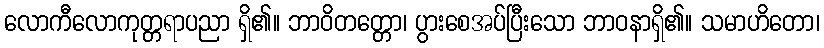
လောကီလောကုတ္တရာပညာ ရှိ၏။ ဘာဝိတတ္တော၊ ပွားစေအပ်ပြီးသော ဘာဝနာရှိ၏။ သမာဟိတော၊